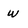
Character: w